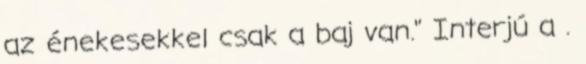
az énekesekkel csak a baj van." Interjú a .